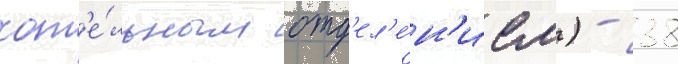
кот'е́льным отд'ел'е́н'ием) - 38